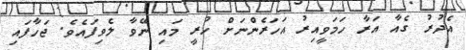
އެދުރު ގެއާ އަރާ ހަމަވީއިރު އަހަރެންނަށް ހުރީ މައި ނޭވާ ލެވިފައެވެ. ޖަހާފައި